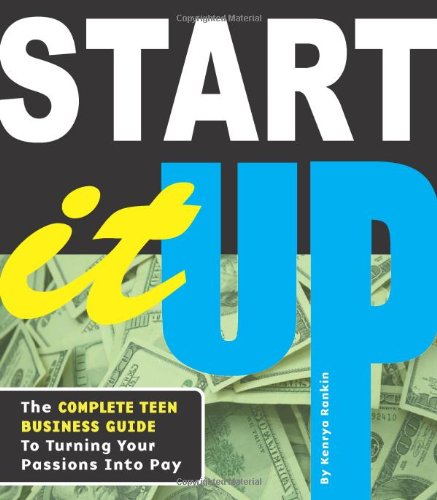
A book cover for Start It Up: The Complete Teen Business Guide to Turning Your Passions into Pay; Kenrya Rankin; Children's Books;